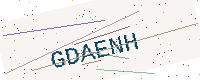
Text: GDAENH